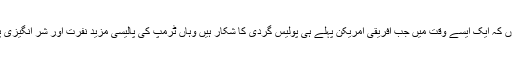
میں ڈرتی ہوں کہ ایک ایسے وقت میں جب افریقی امریکن پہلے ہی پولیس گردی کا شکار ہیں وہاں ٹرمپ کی پالیسی مزید نفرت اور شر انگیزی پھیلائے گی۔